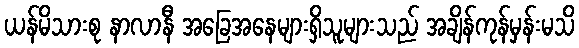
ယန်မိသားစု နာလာနီ အခြေအနေများရှိသူများသည် အချိန်ကုန်မှန်းမသိ